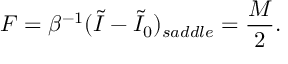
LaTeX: F = \beta ^ { - 1 } ( \widetilde I - \widetilde I _ { 0 } ) _ { s a d d l e } = { \frac { M } { 2 } } .